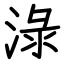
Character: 淥